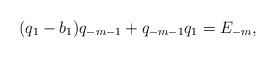
LaTeX: \begin{align*} (q_1-b_1)q_{-m-1}+q_{-m-1}q_1=E_{-m}, \end{align*}